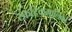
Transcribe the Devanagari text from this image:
स्फटिकमालिकां